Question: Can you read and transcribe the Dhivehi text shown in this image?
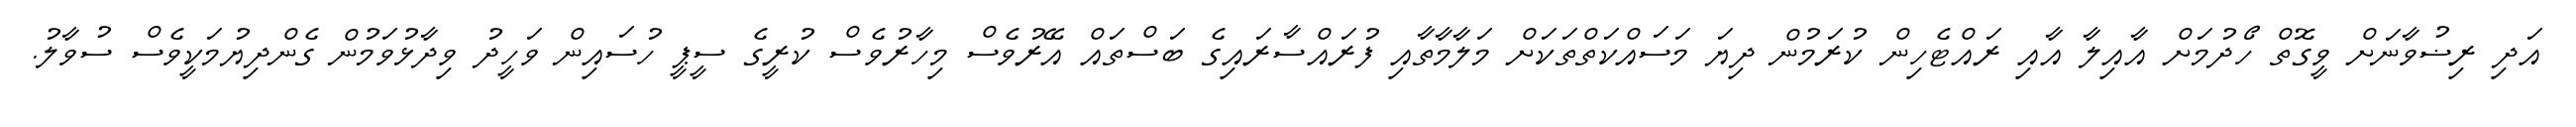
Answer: އަދި ރިޟުވާނަށް ވީގޮތް ހޯދުމަށް އާއިލާ އާއި ރައްޓެހިން ކުރަމުން ދިޔަ މަސައްކަތްތަކަށް މަލާމާތާއި ފުރައްސާރައިގެ ބަސްތައް އޭރުވެސް މިހާރުވެސް ކުރީގެ ސީޕީ ހުސައިން ވަހީދު ވިދާޅުވަމުން ގެންދިޔުމަކީވެސް ސުވާލު.